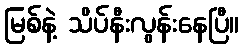
မြစ်နဲ့ သိပ်နီးလွန်းနေပြီ။